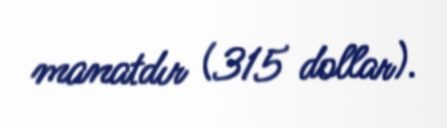
manatdır (315 dollar).